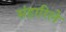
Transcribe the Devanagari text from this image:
संहारिले